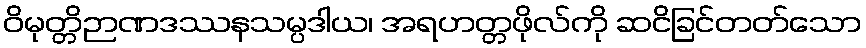
ဝိမုတ္တိဉာဏဒဿနသမ္ပဒါယ၊ အရဟတ္တဖိုလ်ကို ဆငိခြင်တတ်သော